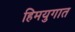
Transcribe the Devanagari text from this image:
हिमयुगात